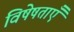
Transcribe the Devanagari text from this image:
विषेषताएँ